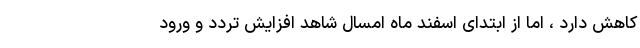
کاهش دارد ، اما از ابتدای اسفند ماه امسال شاهد افزایش تردد و ورود